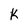
Character: k